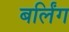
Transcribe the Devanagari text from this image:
बर्लिंग